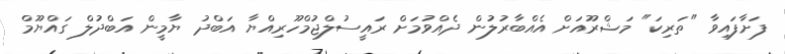
ފަށާފައިވާ "ތަރިކަ" މަޝްރޫއަށް އެއްބާރުލުން ދެއްވުމަށް ރައީސުލްޖުމްހޫރިއްޔާ އަބްދު ޔާމީން އަބްދުލް ގައްޔޫމް